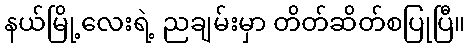
နယ်မြို့လေးရဲ့ ညချမ်းမှာ တိတ်ဆိတ်စပြုပြီ။